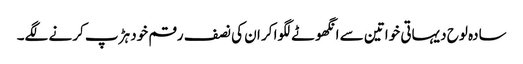
سادہ لوح دیہاتی خواتین سے انگھوٹے لگوا کر ان کی نصف رقم خود ہڑپ کرنے لگے۔